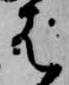
は